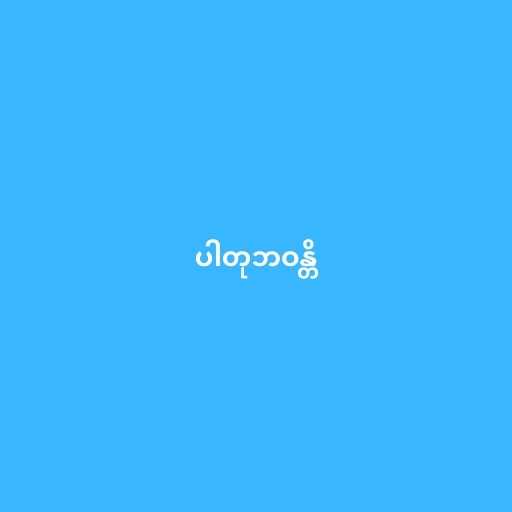
ပါတုဘဝန္တိ